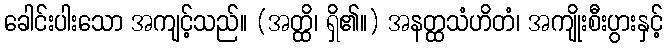
ခေါင်းပါးသော အကျင့်သည်။ (အတ္ထိ၊ ရှိ၏။) အနတ္ထသံဟိတံ၊ အကျိုးစီးပွားနှင့်